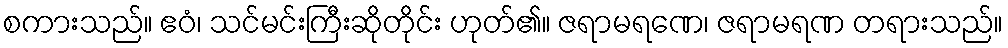
စကားသည်။ ဧဝံ၊ သင်မင်းကြီးဆိုတိုင်း ဟုတ်၏။ ဇရာမရဏေ၊ ဇရာမရဏ တရားသည်။